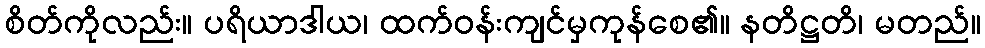
စိတ်ကိုလည်း။ ပရိယာဒါယ၊ ထက်ဝန်းကျင်မှကုန်စေ၏။ နတိဋ္ဌတိ၊ မတည်။